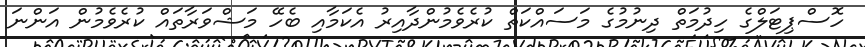
ހޮސްޕިޓަލްގެ ހިދުމަތް ދިނުމުގެ މަސައްކަތް ކުރެވެމުންދާއިރު އެކަމާއި ބެހޭ މަޝްވަރާތައް ކުރެވެމުން އަންނަ